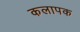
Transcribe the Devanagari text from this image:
कलापक